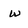
Character: W